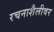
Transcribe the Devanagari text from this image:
रचनाशैलीवर